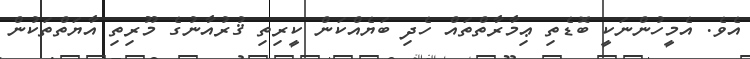
އެވެ. އެމީހުންނަކީ ބޮޑެތި ޢިމާރާތްތައް ހެދި ބަޔެއްކަން ކީރިތި ޤުރުއާނުގެ މޫރިތި އާޔަތްތަކުން